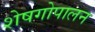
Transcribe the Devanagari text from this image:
शेषगोपालन